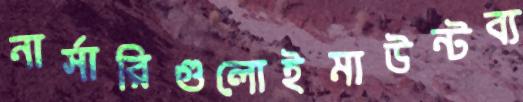
নার্সারিগুলোইমাউন্টব্য